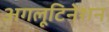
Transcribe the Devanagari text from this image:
अगलूटिनेशन